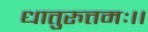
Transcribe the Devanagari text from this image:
धातुरुत्तमः।।